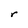
Character: r